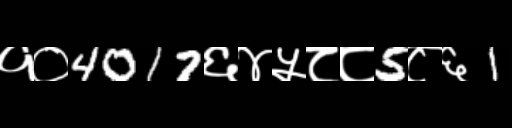
Text: १०4017६४५८८5८६1